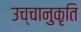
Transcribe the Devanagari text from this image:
उच्चानुकृति